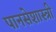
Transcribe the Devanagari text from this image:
पानसेशास्त्री